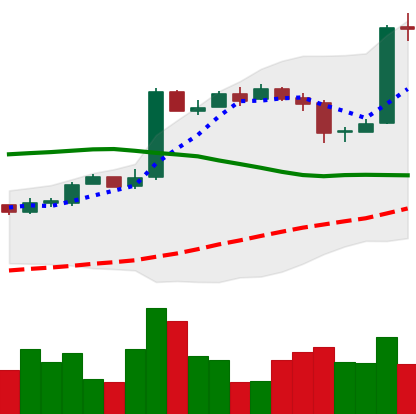
Ticker: BTC-USD
Chart end date: 2016-10-23
Forward return: 4.958%
Label: up_3_5